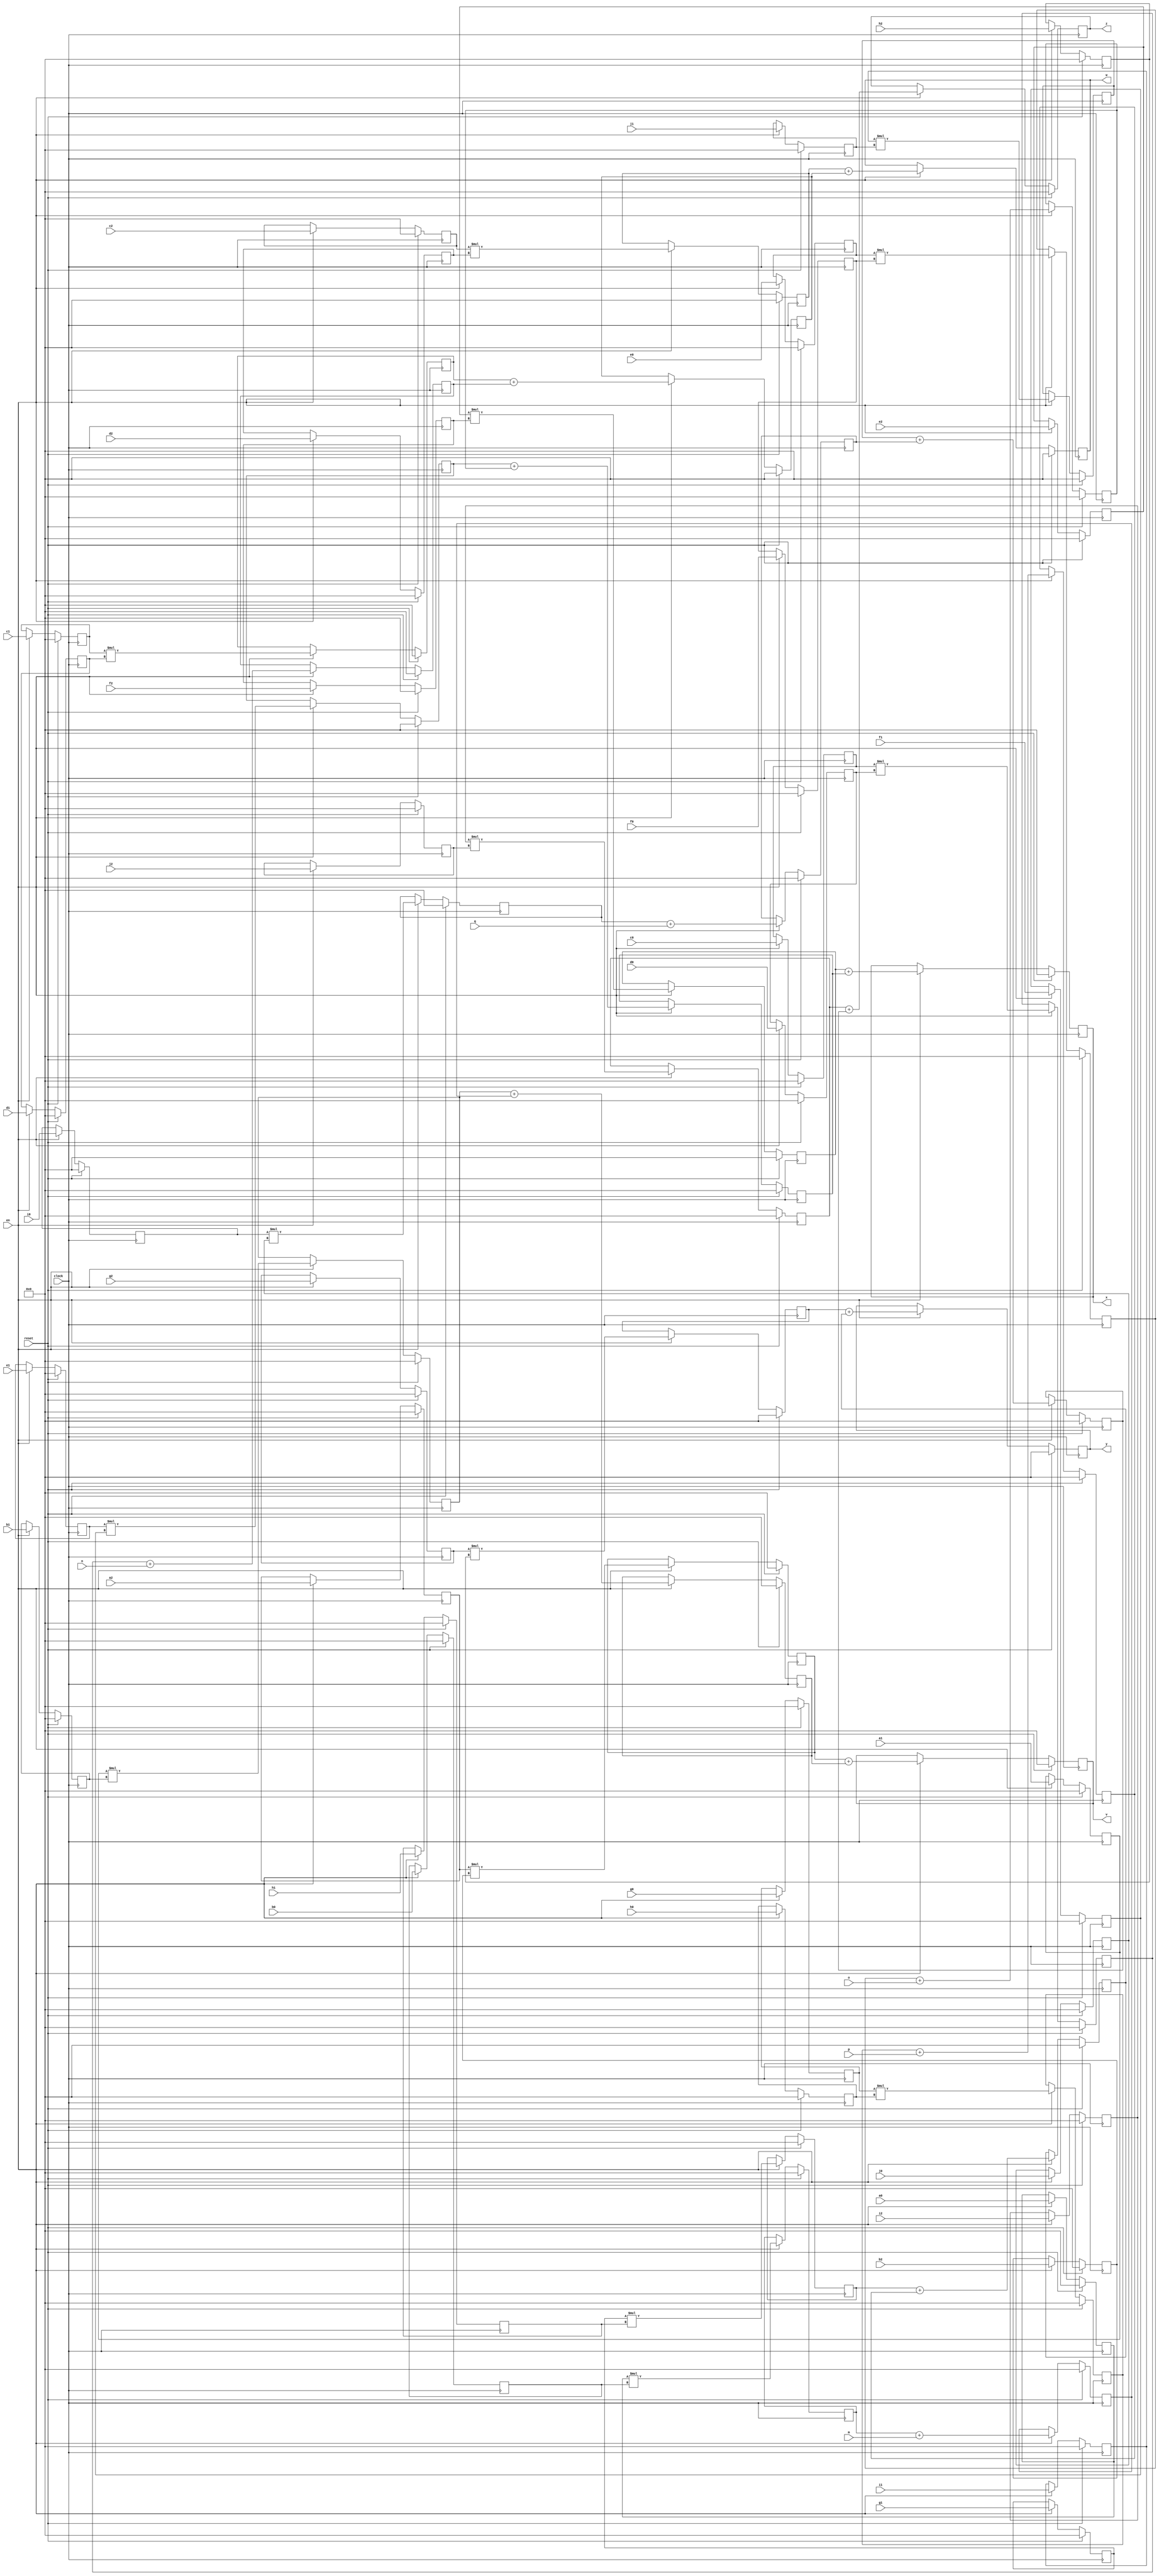
module tdot (
    input wire clock,
    input wire reset,
    input wire [7:0] a0,
    input wire [7:0] c0,
    input wire [7:0] e0,
    input wire [7:0] g0,
    input wire [7:0] i0,
    input wire [7:0] a1,
    input wire [7:0] c1,
    input wire [7:0] e1,
    input wire [7:0] g1,
    input wire [7:0] i1,
    input wire [7:0] a2,
    input wire [7:0] c2,
    input wire [7:0] e2,
    input wire [7:0] g2,
    input wire [7:0] i2,
    input wire [7:0] b0,
    input wire [7:0] d0,
    input wire [7:0] f0,
    input wire [7:0] h0,
    input wire [7:0] j0,
    input wire [7:0] b1,
    input wire [7:0] d1,
    input wire [7:0] f1,
    input wire [7:0] h1,
    input wire [7:0] j1,
    input wire [7:0] b2,
    input wire [7:0] d2,
    input wire [7:0] f2,
    input wire [7:0] h2,
    input wire [7:0] j2,
    input wire [7:0] m,
    input wire [7:0] n,
    input wire [7:0] o,
    input wire [7:0] p,
    input wire [7:0] q,
    input wire en,
    output reg [7:0] v,
    output reg [7:0] w,
    output reg [7:0] x,
    output reg [7:0] y,
    output reg [7:0] z
);
    reg [7:0] t0;
    reg [7:0] t1;
    wire [7:0] t2;
    reg [7:0] t3;
    wire [7:0] t4;
    reg [7:0] t5;
    reg [7:0] t6;
    reg [7:0] t7;
    wire [7:0] t8;
    reg [7:0] t9;
    wire [7:0] t10;
    reg [7:0] t11;
    reg [7:0] t12;
    reg [7:0] t13;
    wire [7:0] t14;
    reg [7:0] t15;
    wire [7:0] t16;
    reg [7:0] t18;
    reg [7:0] t19;
    wire [7:0] t20;
    reg [7:0] t21;
    wire [7:0] t22;
    reg [7:0] t23;
    reg [7:0] t24;
    reg [7:0] t25;
    wire [7:0] t26;
    reg [7:0] t27;
    wire [7:0] t28;
    reg [7:0] t29;
    reg [7:0] t30;
    reg [7:0] t31;
    wire [7:0] t32;
    reg [7:0] t33;
    wire [7:0] t34;
    reg [7:0] t36;
    reg [7:0] t37;
    wire [7:0] t38;
    reg [7:0] t39;
    wire [7:0] t40;
    reg [7:0] t41;
    reg [7:0] t42;
    reg [7:0] t43;
    wire [7:0] t44;
    reg [7:0] t45;
    wire [7:0] t46;
    reg [7:0] t47;
    reg [7:0] t48;
    reg [7:0] t49;
    wire [7:0] t50;
    reg [7:0] t51;
    wire [7:0] t52;
    reg [7:0] t54;
    reg [7:0] t55;
    wire [7:0] t56;
    reg [7:0] t57;
    wire [7:0] t58;
    reg [7:0] t59;
    reg [7:0] t60;
    reg [7:0] t61;
    wire [7:0] t62;
    reg [7:0] t63;
    wire [7:0] t64;
    reg [7:0] t65;
    reg [7:0] t66;
    reg [7:0] t67;
    wire [7:0] t68;
    reg [7:0] t69;
    wire [7:0] t70;
    reg [7:0] t72;
    reg [7:0] t73;
    wire [7:0] t74;
    reg [7:0] t75;
    wire [7:0] t76;
    reg [7:0] t77;
    reg [7:0] t78;
    reg [7:0] t79;
    wire [7:0] t80;
    reg [7:0] t81;
    wire [7:0] t82;
    reg [7:0] t83;
    reg [7:0] t84;
    reg [7:0] t85;
    wire [7:0] t86;
    reg [7:0] t87;
    wire [7:0] t88;
    always @(posedge clock) begin
        if(reset) begin
            t0 <= 0;
        end else if(en) begin
            t0 <= a0;
        end
    end
    always @(posedge clock) begin
        if(reset) begin
            t1 <= 0;
        end else if(en) begin
            t1 <= b0;
        end
    end
    assign t2 = ($signed(t0) * $signed(t1));
    always @(posedge clock) begin
        if(reset) begin
            t3 <= 0;
        end else if(en) begin
            t3 <= t2;
        end
    end
    assign t4 = ($signed(t3) + $signed(m));
    always @(posedge clock) begin
        if(reset) begin
            t5 <= 0;
        end else if(en) begin
            t5 <= t4;
        end
    end
    always @(posedge clock) begin
        if(reset) begin
            t6 <= 0;
        end else if(en) begin
            t6 <= a1;
        end
    end
    always @(posedge clock) begin
        if(reset) begin
            t7 <= 0;
        end else if(en) begin
            t7 <= b1;
        end
    end
    assign t8 = ($signed(t6) * $signed(t7));
    always @(posedge clock) begin
        if(reset) begin
            t9 <= 0;
        end else if(en) begin
            t9 <= t8;
        end
    end
    assign t10 = ($signed(t9) + $signed(t5));
    always @(posedge clock) begin
        if(reset) begin
            t11 <= 0;
        end else if(en) begin
            t11 <= t10;
        end
    end
    always @(posedge clock) begin
        if(reset) begin
            t12 <= 0;
        end else if(en) begin
            t12 <= a2;
        end
    end
    always @(posedge clock) begin
        if(reset) begin
            t13 <= 0;
        end else if(en) begin
            t13 <= b2;
        end
    end
    assign t14 = ($signed(t12) * $signed(t13));
    always @(posedge clock) begin
        if(reset) begin
            t15 <= 0;
        end else if(en) begin
            t15 <= t14;
        end
    end
    assign t16 = ($signed(t15) + $signed(t11));
    always @(posedge clock) begin
        if(reset) begin
            v <= 0;
        end else if(en) begin
            v <= t16;
        end
    end
    always @(posedge clock) begin
        if(reset) begin
            t18 <= 0;
        end else if(en) begin
            t18 <= c0;
        end
    end
    always @(posedge clock) begin
        if(reset) begin
            t19 <= 0;
        end else if(en) begin
            t19 <= d0;
        end
    end
    assign t20 = ($signed(t18) * $signed(t19));
    always @(posedge clock) begin
        if(reset) begin
            t21 <= 0;
        end else if(en) begin
            t21 <= t20;
        end
    end
    assign t22 = ($signed(t21) + $signed(n));
    always @(posedge clock) begin
        if(reset) begin
            t23 <= 0;
        end else if(en) begin
            t23 <= t22;
        end
    end
    always @(posedge clock) begin
        if(reset) begin
            t24 <= 0;
        end else if(en) begin
            t24 <= c1;
        end
    end
    always @(posedge clock) begin
        if(reset) begin
            t25 <= 0;
        end else if(en) begin
            t25 <= d1;
        end
    end
    assign t26 = ($signed(t24) * $signed(t25));
    always @(posedge clock) begin
        if(reset) begin
            t27 <= 0;
        end else if(en) begin
            t27 <= t26;
        end
    end
    assign t28 = ($signed(t27) + $signed(t23));
    always @(posedge clock) begin
        if(reset) begin
            t29 <= 0;
        end else if(en) begin
            t29 <= t28;
        end
    end
    always @(posedge clock) begin
        if(reset) begin
            t30 <= 0;
        end else if(en) begin
            t30 <= c2;
        end
    end
    always @(posedge clock) begin
        if(reset) begin
            t31 <= 0;
        end else if(en) begin
            t31 <= d2;
        end
    end
    assign t32 = ($signed(t30) * $signed(t31));
    always @(posedge clock) begin
        if(reset) begin
            t33 <= 0;
        end else if(en) begin
            t33 <= t32;
        end
    end
    assign t34 = ($signed(t33) + $signed(t29));
    always @(posedge clock) begin
        if(reset) begin
            w <= 0;
        end else if(en) begin
            w <= t34;
        end
    end
    always @(posedge clock) begin
        if(reset) begin
            t36 <= 0;
        end else if(en) begin
            t36 <= e0;
        end
    end
    always @(posedge clock) begin
        if(reset) begin
            t37 <= 0;
        end else if(en) begin
            t37 <= f0;
        end
    end
    assign t38 = ($signed(t36) * $signed(t37));
    always @(posedge clock) begin
        if(reset) begin
            t39 <= 0;
        end else if(en) begin
            t39 <= t38;
        end
    end
    assign t40 = ($signed(t39) + $signed(o));
    always @(posedge clock) begin
        if(reset) begin
            t41 <= 0;
        end else if(en) begin
            t41 <= t40;
        end
    end
    always @(posedge clock) begin
        if(reset) begin
            t42 <= 0;
        end else if(en) begin
            t42 <= e1;
        end
    end
    always @(posedge clock) begin
        if(reset) begin
            t43 <= 0;
        end else if(en) begin
            t43 <= f1;
        end
    end
    assign t44 = ($signed(t42) * $signed(t43));
    always @(posedge clock) begin
        if(reset) begin
            t45 <= 0;
        end else if(en) begin
            t45 <= t44;
        end
    end
    assign t46 = ($signed(t45) + $signed(t41));
    always @(posedge clock) begin
        if(reset) begin
            t47 <= 0;
        end else if(en) begin
            t47 <= t46;
        end
    end
    always @(posedge clock) begin
        if(reset) begin
            t48 <= 0;
        end else if(en) begin
            t48 <= e2;
        end
    end
    always @(posedge clock) begin
        if(reset) begin
            t49 <= 0;
        end else if(en) begin
            t49 <= f2;
        end
    end
    assign t50 = ($signed(t48) * $signed(t49));
    always @(posedge clock) begin
        if(reset) begin
            t51 <= 0;
        end else if(en) begin
            t51 <= t50;
        end
    end
    assign t52 = ($signed(t51) + $signed(t47));
    always @(posedge clock) begin
        if(reset) begin
            x <= 0;
        end else if(en) begin
            x <= t52;
        end
    end
    always @(posedge clock) begin
        if(reset) begin
            t54 <= 0;
        end else if(en) begin
            t54 <= g0;
        end
    end
    always @(posedge clock) begin
        if(reset) begin
            t55 <= 0;
        end else if(en) begin
            t55 <= h0;
        end
    end
    assign t56 = ($signed(t54) * $signed(t55));
    always @(posedge clock) begin
        if(reset) begin
            t57 <= 0;
        end else if(en) begin
            t57 <= t56;
        end
    end
    assign t58 = ($signed(t57) + $signed(p));
    always @(posedge clock) begin
        if(reset) begin
            t59 <= 0;
        end else if(en) begin
            t59 <= t58;
        end
    end
    always @(posedge clock) begin
        if(reset) begin
            t60 <= 0;
        end else if(en) begin
            t60 <= g1;
        end
    end
    always @(posedge clock) begin
        if(reset) begin
            t61 <= 0;
        end else if(en) begin
            t61 <= h1;
        end
    end
    assign t62 = ($signed(t60) * $signed(t61));
    always @(posedge clock) begin
        if(reset) begin
            t63 <= 0;
        end else if(en) begin
            t63 <= t62;
        end
    end
    assign t64 = ($signed(t63) + $signed(t59));
    always @(posedge clock) begin
        if(reset) begin
            t65 <= 0;
        end else if(en) begin
            t65 <= t64;
        end
    end
    always @(posedge clock) begin
        if(reset) begin
            t66 <= 0;
        end else if(en) begin
            t66 <= g2;
        end
    end
    always @(posedge clock) begin
        if(reset) begin
            t67 <= 0;
        end else if(en) begin
            t67 <= h2;
        end
    end
    assign t68 = ($signed(t66) * $signed(t67));
    always @(posedge clock) begin
        if(reset) begin
            t69 <= 0;
        end else if(en) begin
            t69 <= t68;
        end
    end
    assign t70 = ($signed(t69) + $signed(t65));
    always @(posedge clock) begin
        if(reset) begin
            y <= 0;
        end else if(en) begin
            y <= t70;
        end
    end
    always @(posedge clock) begin
        if(reset) begin
            t72 <= 0;
        end else if(en) begin
            t72 <= i0;
        end
    end
    always @(posedge clock) begin
        if(reset) begin
            t73 <= 0;
        end else if(en) begin
            t73 <= j0;
        end
    end
    assign t74 = ($signed(t72) * $signed(t73));
    always @(posedge clock) begin
        if(reset) begin
            t75 <= 0;
        end else if(en) begin
            t75 <= t74;
        end
    end
    assign t76 = ($signed(t75) + $signed(q));
    always @(posedge clock) begin
        if(reset) begin
            t77 <= 0;
        end else if(en) begin
            t77 <= t76;
        end
    end
    always @(posedge clock) begin
        if(reset) begin
            t78 <= 0;
        end else if(en) begin
            t78 <= i1;
        end
    end
    always @(posedge clock) begin
        if(reset) begin
            t79 <= 0;
        end else if(en) begin
            t79 <= j1;
        end
    end
    assign t80 = ($signed(t78) * $signed(t79));
    always @(posedge clock) begin
        if(reset) begin
            t81 <= 0;
        end else if(en) begin
            t81 <= t80;
        end
    end
    assign t82 = ($signed(t81) + $signed(t77));
    always @(posedge clock) begin
        if(reset) begin
            t83 <= 0;
        end else if(en) begin
            t83 <= t82;
        end
    end
    always @(posedge clock) begin
        if(reset) begin
            t84 <= 0;
        end else if(en) begin
            t84 <= i2;
        end
    end
    always @(posedge clock) begin
        if(reset) begin
            t85 <= 0;
        end else if(en) begin
            t85 <= j2;
        end
    end
    assign t86 = ($signed(t84) * $signed(t85));
    always @(posedge clock) begin
        if(reset) begin
            t87 <= 0;
        end else if(en) begin
            t87 <= t86;
        end
    end
    assign t88 = ($signed(t87) + $signed(t83));
    always @(posedge clock) begin
        if(reset) begin
            z <= 0;
        end else if(en) begin
            z <= t88;
        end
    end
endmodule